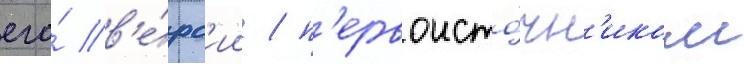
его́ в'е́рс'ии / п'ервоисто́чн'иком